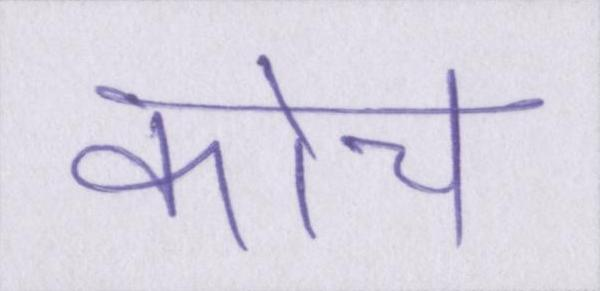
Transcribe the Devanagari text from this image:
कोच